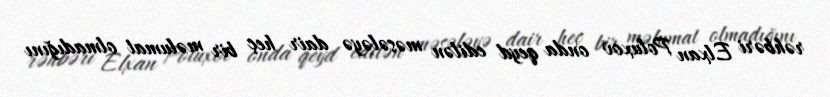
rəhbəri Elxan Poluxov onda qeyd edilən məsələyə dair heç bir məlumat olmadığını